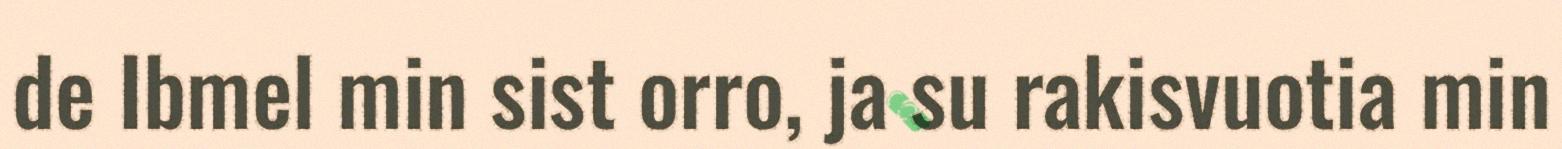
de Ibmel min sist orro, ja su rakisvuotia min